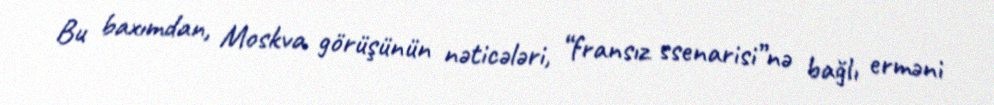
Bu baxımdan, Moskva görüşünün nəticələri, “fransız ssenarisi”nə bağlı erməni